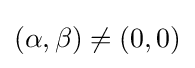
(\alpha ,\beta )\neq (0,0)